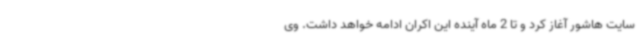
سایت هاشور آغاز کرد و تا 2 ماه آینده این اکران ادامه خواهد داشت. وی